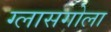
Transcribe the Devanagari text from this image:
ग्लासगोला